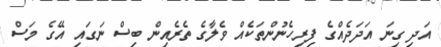
އަދި ގިނަ އަދަދެއްގެ ފިރިހެނުންތަކެއް ވެލާގެ ތެރެއިން ބިސް ނަގައި އޭގެ މަސް